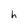
Character: h